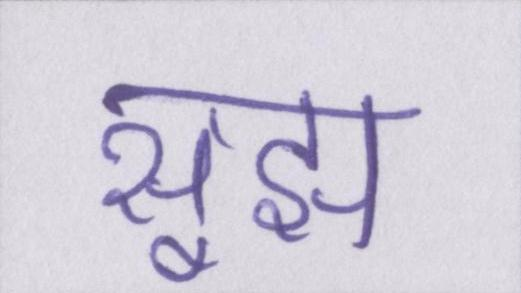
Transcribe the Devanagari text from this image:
सूझ